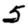
Digit: 5